Annual administration report of the Civil Veterinary Department of India - 1899-1900
Year: 1899
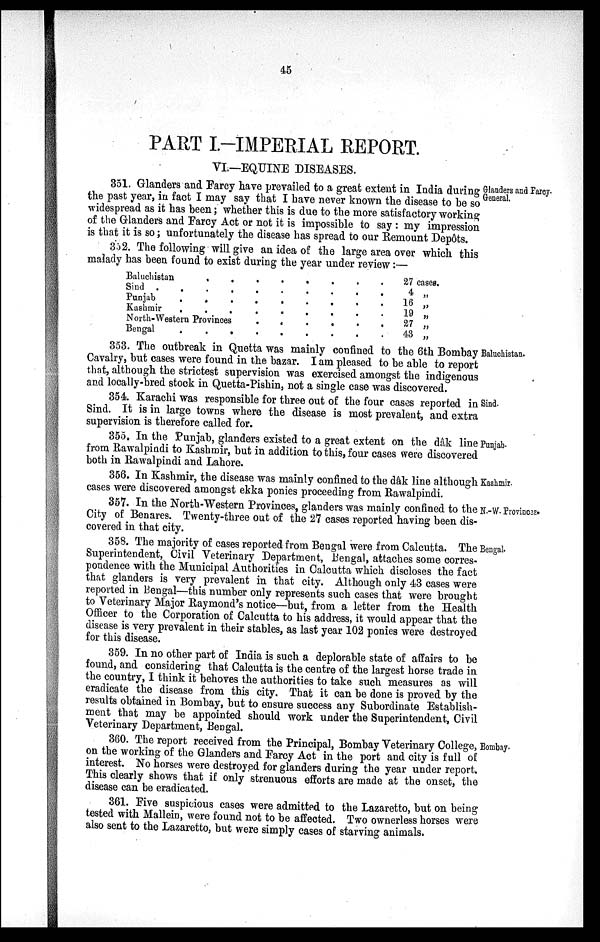
45
PART I—IMPERIAL REPORT.
VI.—EQUINE DISEASES.
Glanders and Farcy
General.
351. Glanders and Farcy have prevailed to a great extent in India during
the past year, in fact I may say that I have never known the disease to be so
widespread as it has been; whether this is due to the more satisfactory working
of the Glanders and Farcy Act or not it is impossible to say: my impression
is that it is so; unfortunately the disease has spread to our Remount Depôts.
352. The following will give an idea of the large area over which this
malady has been found to exist during the year under review :—
Baluchistan
.
.
.
.
.
.
.
.
sind . . . . . .
Punjab . . . . . . .
Kashmir
.
.
.
.
.
.
.
.
North-Western Provinces
.
.
.
.
.
. . . .
Bengal
.
.
.
.
.
.
.
.
.
27 cases.
4 „
16 „
19 „
27 „
43 „
Baluchistan.
353. The outbreak in Quetta was mainly confined to the 6th Bombay
Cavalry, but cases were found in the bazar. I am pleased to be able to report
that, although the strictest supervision was exercised amongst the indigenous
and locally-bred stock in Quetta-Pishin, not a single case was discovered.
Sind.
354. Karachi was responsible for three out of the four cases reported in
Sind. It is in large towns where the disease is most prevalent, and extra
supervision is therefore called for.
Punjab.
355. In the Punjab, glanders existed to a great extent on the dâk line
from Rawalpindi to Kashmir, but in addition to this, four cases were discovered
both in Rawalpindi and Lahore.
Kashmir.
356. In Kashmir, the disease was mainly confined to the dâk line although
cases were discovered amongst ekka ponies proceeding from Rawalpindi.
N.-W. Provinces.
357. In the North-Western Provinces, glanders was mainly confined to the
City of Benares. Twenty-three out of the 27 cases reported having been dis-
covered in that city.
Bengal.
358. The majority of cases reported from Bengal were from Calcutta. The
Superintendent, Civil Veterinary Department, Bengal, attaches some corres-
pondence with the Municipal Authorities in Calcutta which discloses the fact
that glanders is very prevalent in that city. Although only 43 cases were
reported in Bengal—this number only represents such cases that were brought
to Veterinary Major Raymond's notice—but, from a letter from the Health
Officer to the Corporation of Calcutta to his address, it would appear that the
disease is very prevalent in their stables, as last year 102 ponies were destroyed
for this disease.
359. In no other part of India is such a deplorable state of affairs to be
found, and considering that Calcutta is the centre of the largest horse trade in
the country, I think it behoves the authorities to take such measures as will
eradicate the disease from this city. That it can be done is proved by the
results obtained in Bombay, but to ensure success any Subordinate Establish-
ment that may be appointed should work under the Superintendent, Civil
Veterinary Department, Bengal.
Bombay.
360. The report received from the Principal, Bombay Veterinary College,
on the working of the Glanders and Farcy Act in the port and city is full of
interest. No horses were destroyed for glanders during the year under report.
This clearly shows that if only strenuous efforts are made at the onset, the
disease can be eradicated.
361. Five suspicious cases were admitted to the Lazaretto, but on being
tested with Mallein, were found not to be affected. Two ownerless horses were
also sent to the Lazaretto, but were simply cases of starving animals.